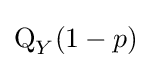
\operatorname {Q} _{Y}(1-p)